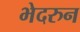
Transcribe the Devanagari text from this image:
भेदरुन